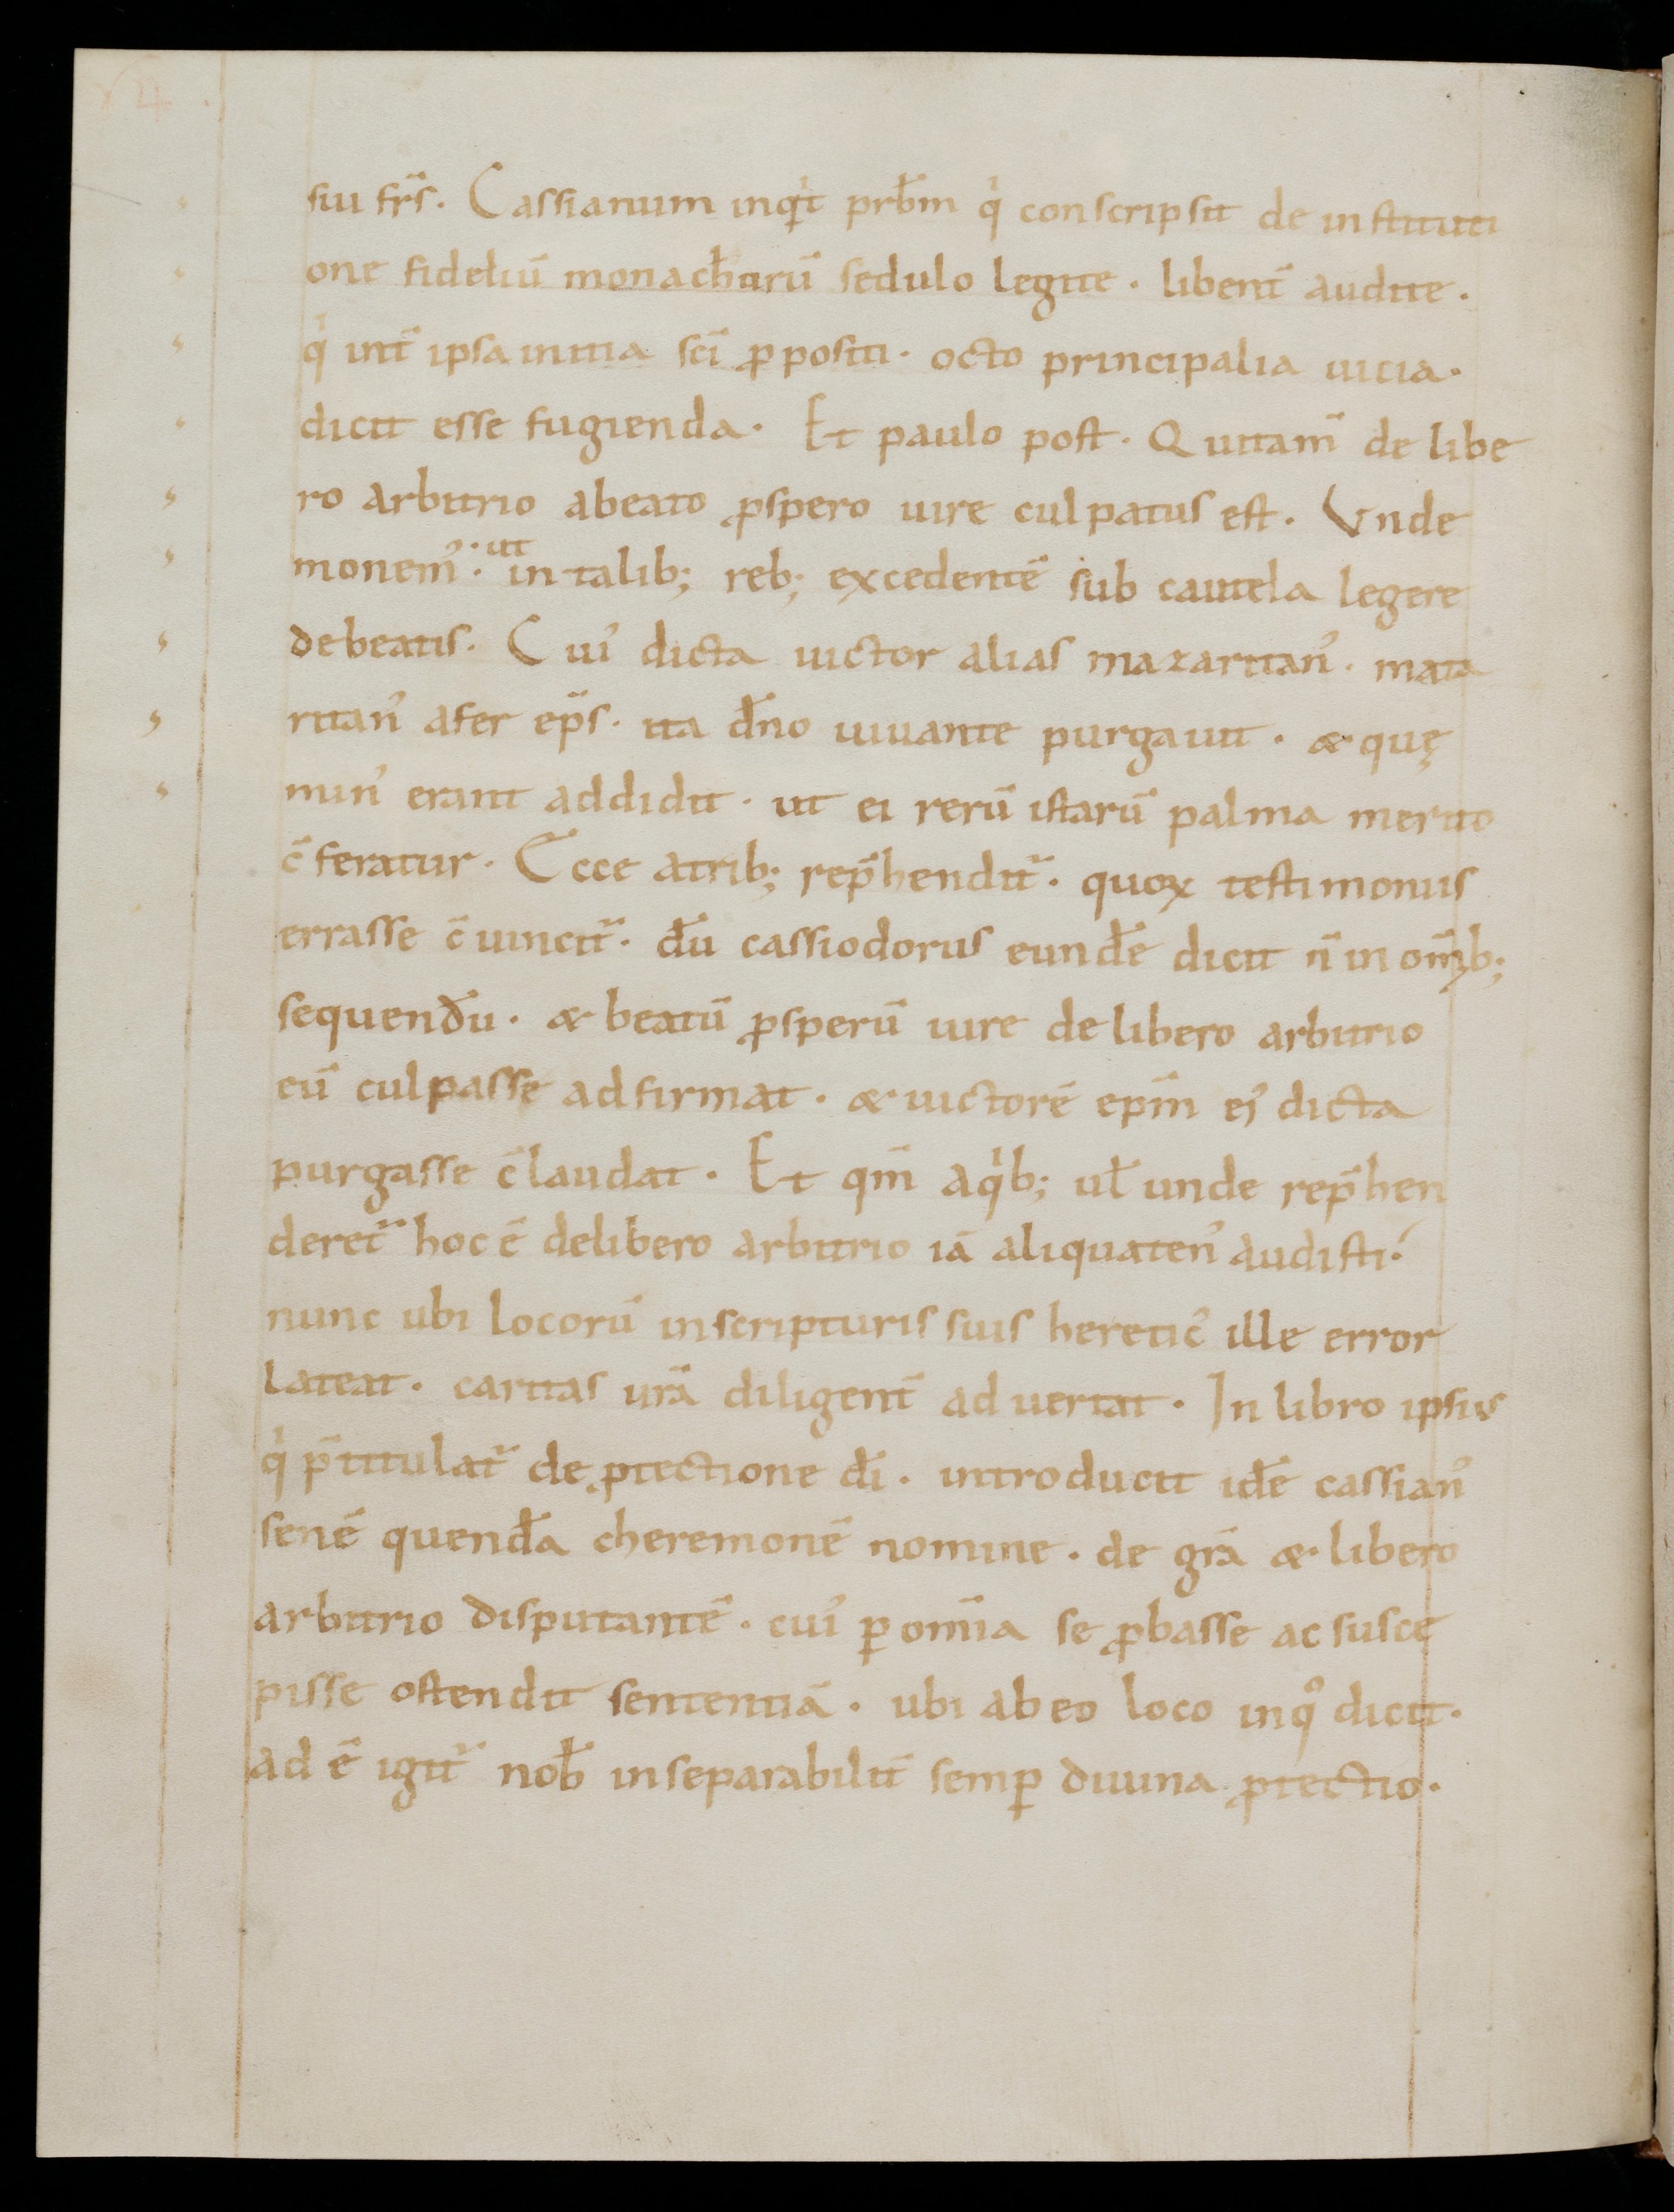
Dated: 1000–1099